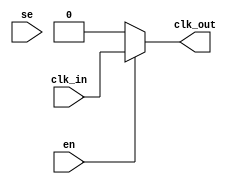
module ql_clkgate_x4(
					input clk_in   ,
					input en       ,
                    input se       ,
                    output clk_out   
					);
					
assign   clk_out = en ? clk_in: 1'b0;

endmodule